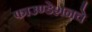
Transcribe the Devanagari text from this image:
फाउण्डेशनचे